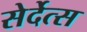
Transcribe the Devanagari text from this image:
सेर्देत्स